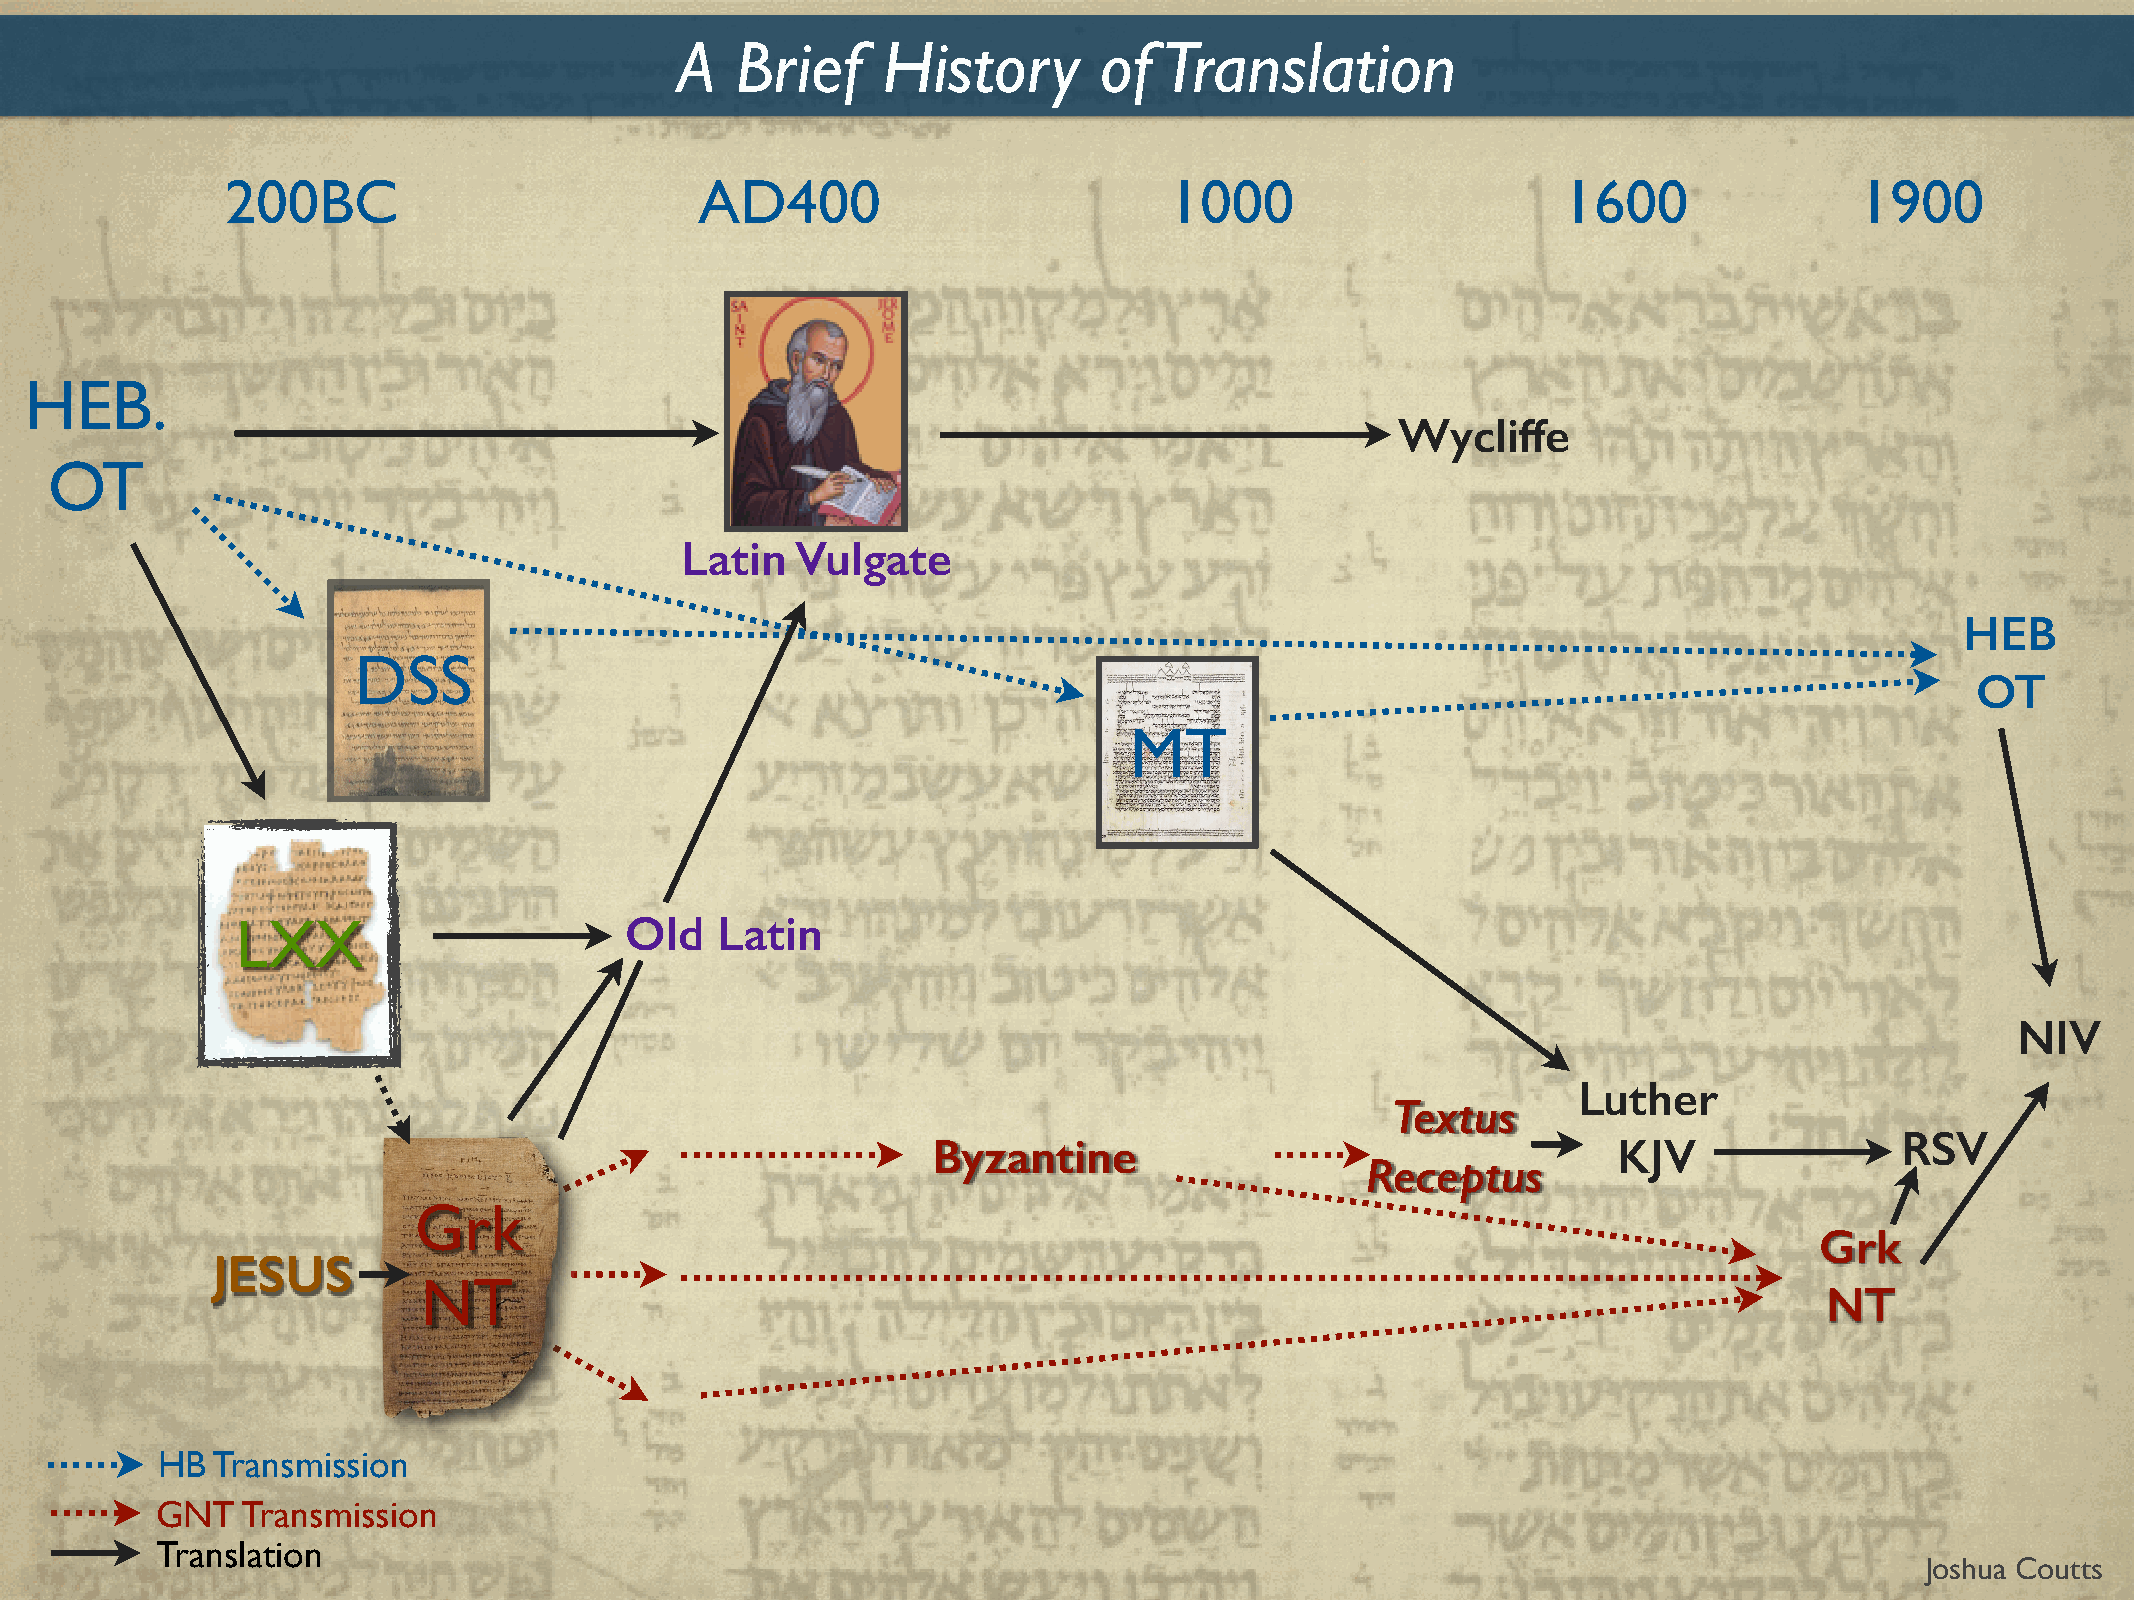
A   Brief    History        of  Translation
 200BC                          AD400                          1000                      1600                1900
 HEB.
 Wycliffe
 OT
 Latin   Vulgate
 HEB
 DSS
 OT
 MT
 LXX                      Old   Latin
 NIV
 Luther
 Textus
 RSV
 Byzantine                                    KJV
 Receptus
 Grk
 Grk
 JESUS
 NT
 NT
 HB  Transmission
 GNT   Transmission
 Translation
 Joshua Coutts